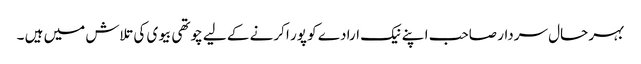
بہر حال سردار صاحب ا پنے نیک ارادے کو پور ا کرنے کے لیے چوتھی بیوی کی تلاش میں ہیں ۔